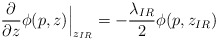
\begin{align*}\frac {\partial} {\partial z}\phi(p,z)\Big|_{z_{IR}}=-\frac{\lambda_{IR}} 2 \phi(p,z_{IR}) \end{align*}